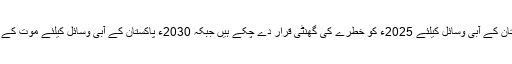
عالمی ادارے اور ماہرین پاکستان کے آبی وسائل کیلئے 2025ء کو خطرے کی گھنٹی قرار دے چکے ہیں جبکہ 2030ء پاکستان کے آبی وسائل کیلئے موت کے پروانے کی حیثیت رکھتا ہے۔